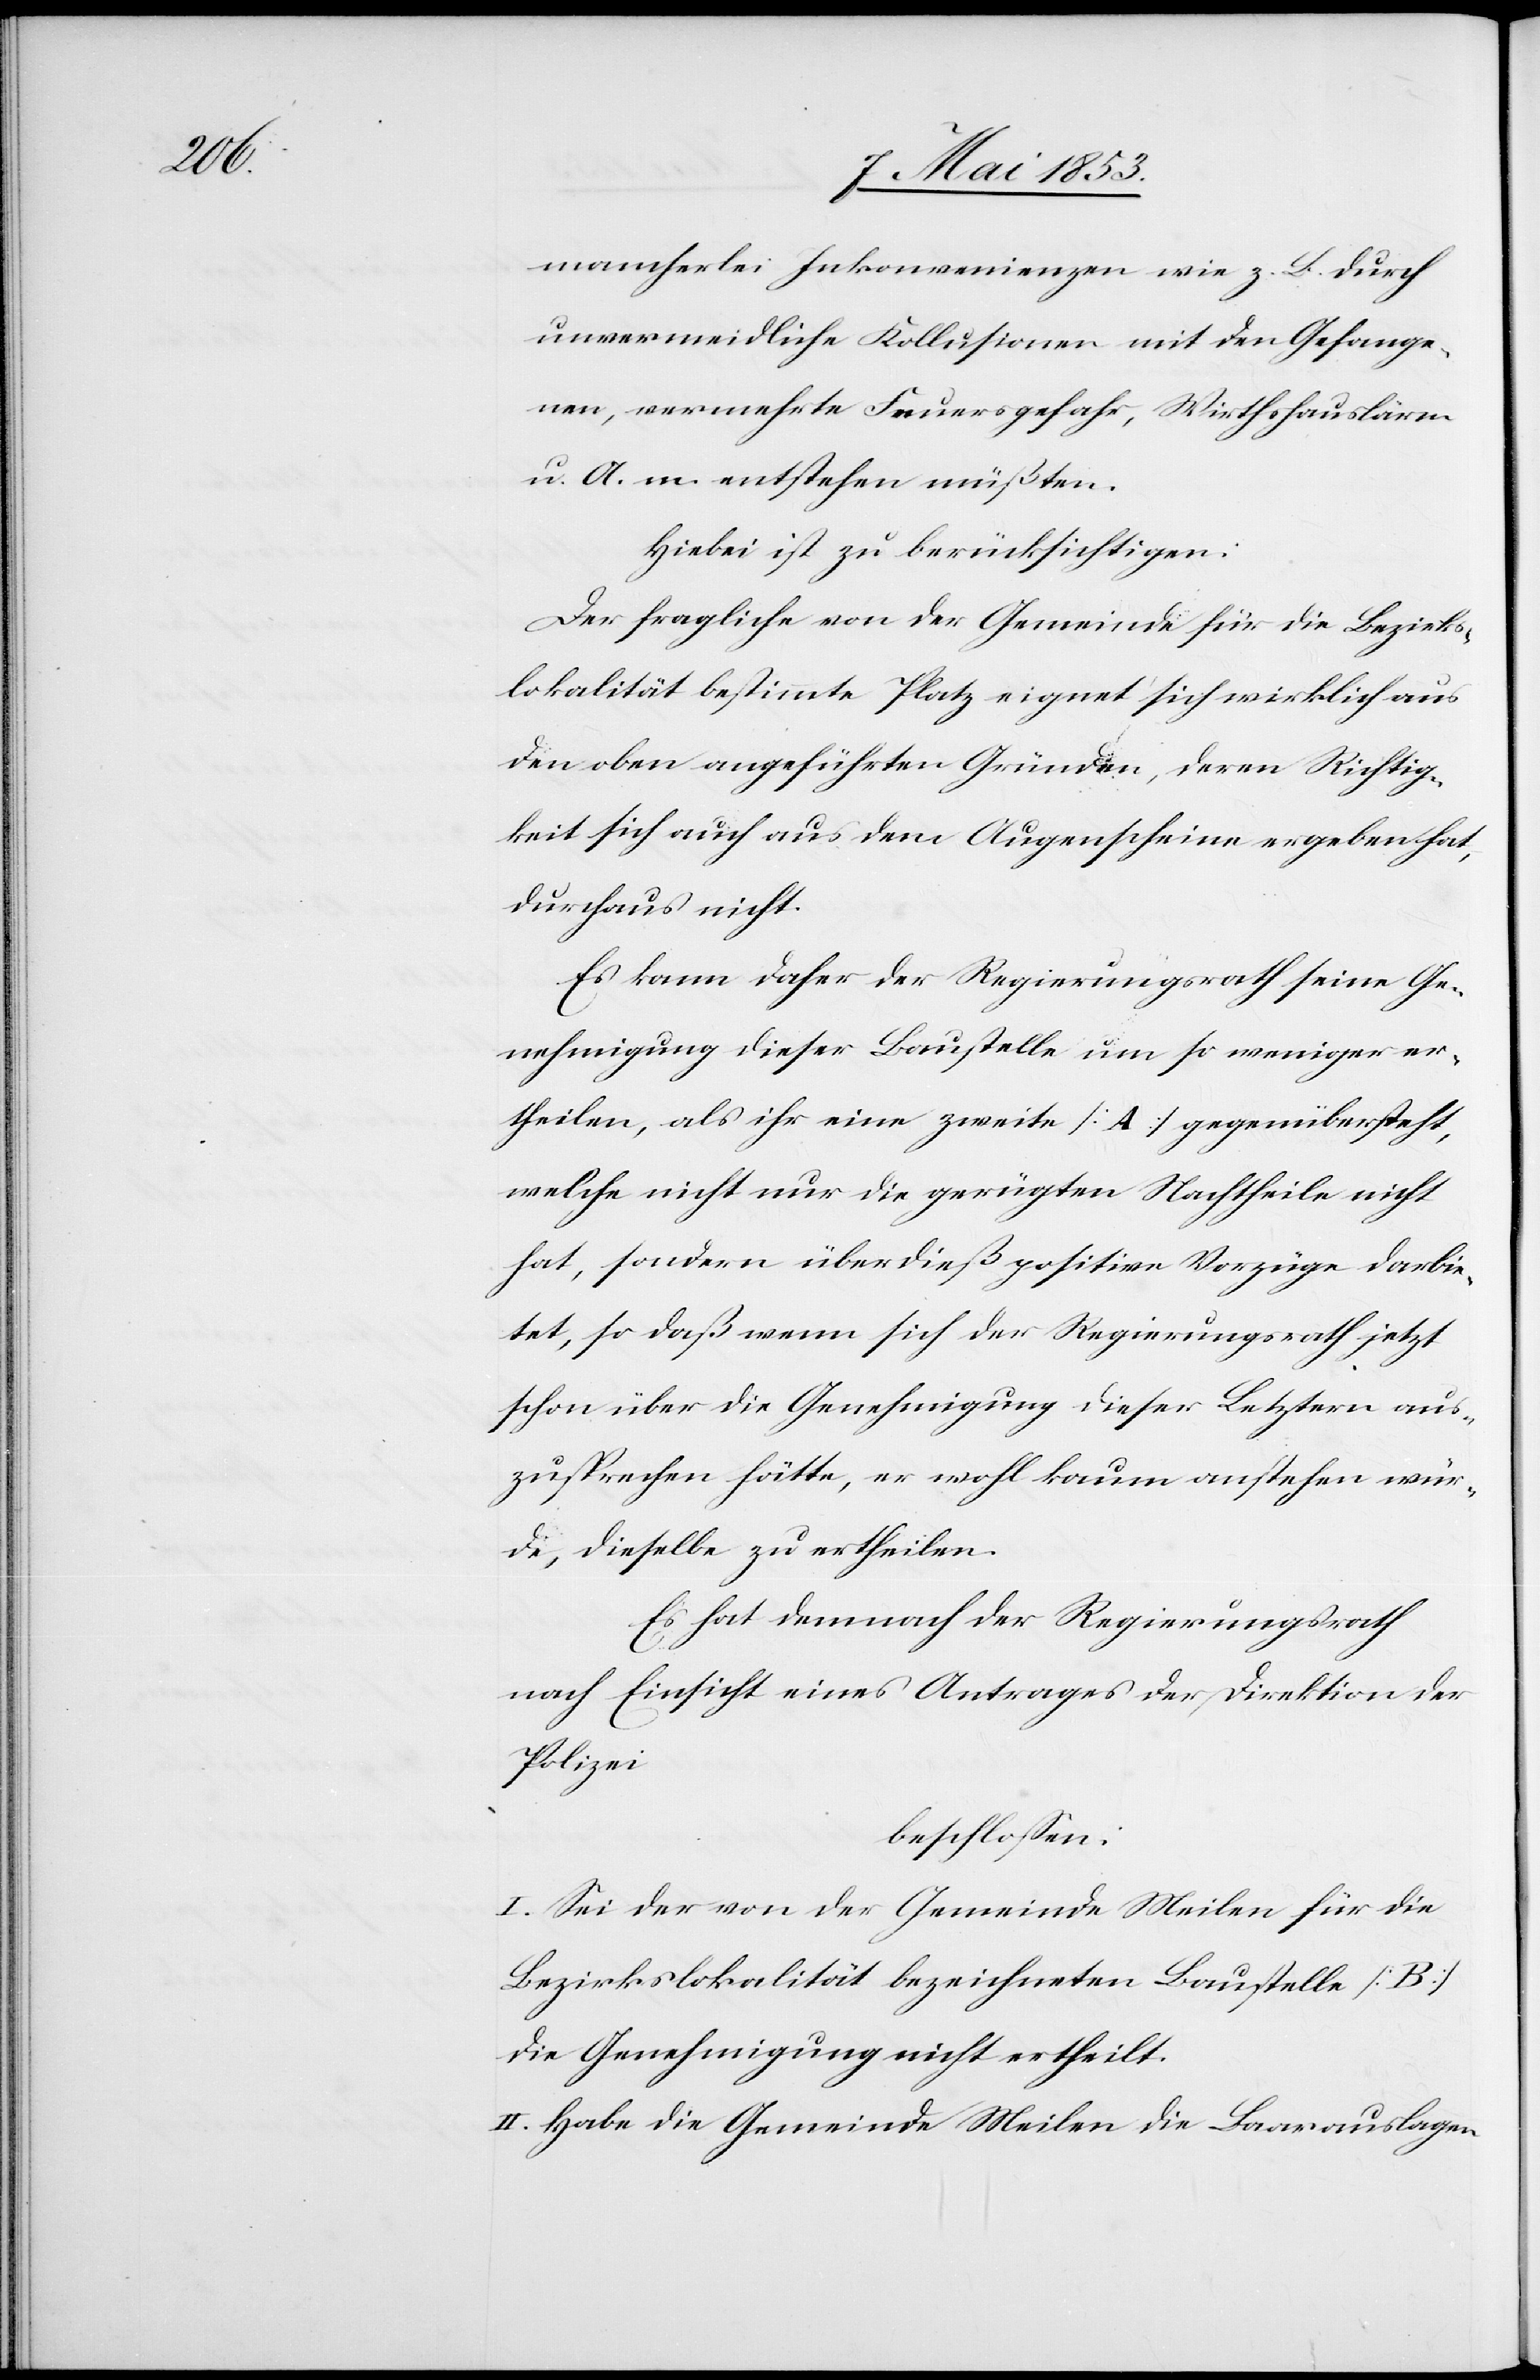
mancherlei Inkonvenienzen wie z. B. durch
unvermeidliche Kollisionen mit den Gefange¬
nen, vermehrte Feuergefahr, Wirthshauslärm
u. A. m. entstehen müßten.
Hiebei ist zu berücksichtigen:
Der fragliche von der Gemeinde für die Bezirks¬
lokalität bestimmte Platz eignet sich wirklich aus
den oben angeführten Gründen, deren Richtig¬
keit sich auch aus dem Augenschein ergeben hat,
durchaus nicht.
Es kann daher der Regierungsrath seine Ge¬
nehmigung dieser Baustelle um so weniger er¬
theilen, als ihr eine zweite [A] gegenübersteht,
welche nicht nur die gerügten Nachtheile nicht
hat, sondern überdieß positive Vorzüge darbie¬
tet, so daß wenn sich der Regierungsrath jetzt
schon über die Genehmigung dieser Letztern aus¬
zusprechen hätte, er wohl kaum anstehen wür¬
de, dieselbe zu ertheilen.
Es hat demnach der Regierungsrath
nach Einsicht eines Antrages der Direktion der
Polizei
beschloßen:
I. Sei der von der Gemeinde Meilen für die
Bezirkslokalität bezeichneten Baustelle [B]
die Genehmigung nicht ertheilt.
II. Habe die Gemeinde Meilen die Baarauslagen